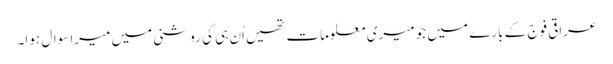
عراقی فوج کے بارے میں جو میری معلومات تھیں اُن ہی کی روشنی میں میرا سوال ہوا۔